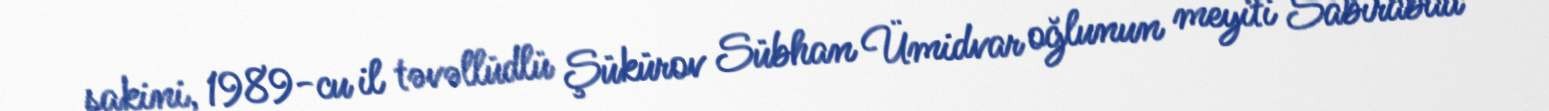
sakini, 1989-cu il təvəllüdlü Şükürov Sübhan Ümidvar oğlunun meyiti Sabirabad